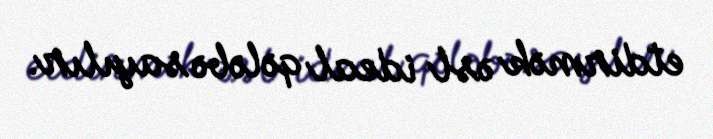
etdirmək əsl ideal qələbə sayılır.